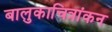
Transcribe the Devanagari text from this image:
बालुकाचित्रांकन